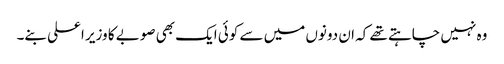
وہ نہیں چاہتے تھے کہ ان دونوں میں سے کوئی ایک بھی صوبے کا وزیر اعلی بنے۔